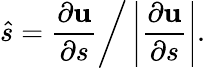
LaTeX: \hat{s}=\frac{\partial{\mathbf u}}{\partial s}\bigg/\left|\frac{\partial{\mathbf u}}{\partial s}\right|.